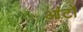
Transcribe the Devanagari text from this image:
आंटों